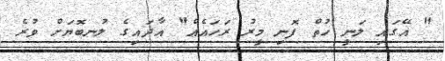
" އޭގައި ލަނީ ހުތް ފޮނި މީރު ރަހައެއް" އާދައިގެ ލުނބޮޔަށް ވުރެ